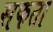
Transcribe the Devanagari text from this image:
सफता